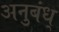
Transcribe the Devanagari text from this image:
अनुबंध्